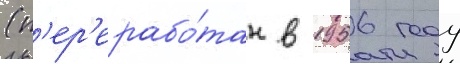
(п'ер'ерабо́тан в 1956 году